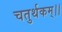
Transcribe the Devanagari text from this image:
चतुर्थकम्।।